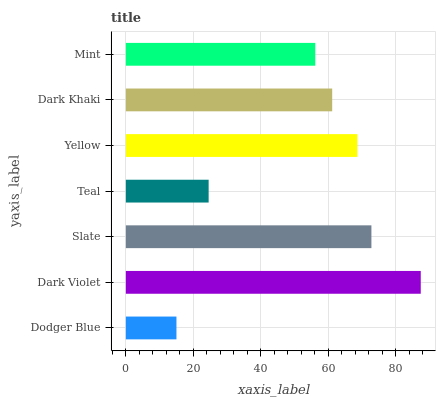
| yaxis_label | bars |
 | --- | --- |
 | Dodger Blue | 15 |
 | Dark Violet | 87.4 |
 | Slate | 72.8 |
 | Teal | 24.5 |
 | Yellow | 68.6 |
 | Dark Khaki | 61.2 |
 | Mint | 56.1 |